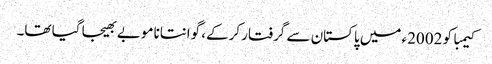
کیمبا کو 2002ء میں پاکستان سے گرفتار کرکے، گوانتانامو بے بھیجا گیا تھا۔